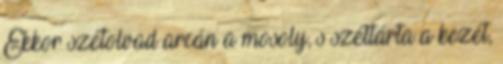
Ekkor szétolvad arcán a mosoly, s széttárta a kezét,